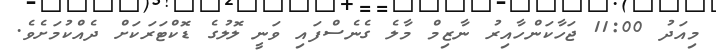
މިއަދު 11:00 ޖަހާކަންހާއިރު ނާޒިމް މާލެ ގެނެސްފައި ވަނީ ލޮލުގެ ޑޮކްޓަރަކަށް ދެއްކުމަށެވެ.